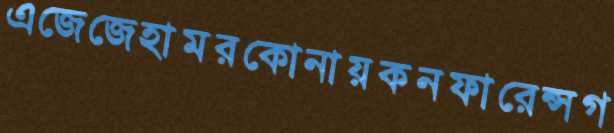
এজেজেহামরকোনায়কনফারেন্সগ